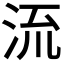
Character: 𣴑